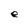
Character: e